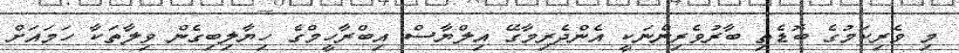
މި ވެރިކަމުގެ ބޮޑެތި ބާރުވެރިންނަކީ އެންދެރިމާގޭ އިލްޔާސް އިބްރާހީމްގެ ހިޔާލިބިގެން ވިލާތަކާ ހަމައަށް